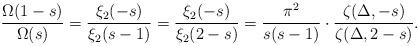
LaTeX: \begin{align*}\frac{\Omega(1-s)}{\Omega(s)} = \frac{\xi_2(-s)}{\xi_2(s-1)} = \frac{\xi_2(-s)}{\xi_2(2-s)}= \frac{ \pi^2}{ s(s-1)} \cdot \frac{ \zeta(\Delta,-s)}{\zeta(\Delta, 2-s)}.\end{align*}